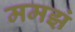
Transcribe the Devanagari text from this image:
ममझं